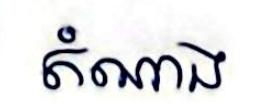
តំណាង